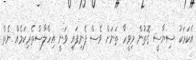
އެކަމަކު ސިޔާސީ ގޮތުން މިވީހާ ތަނަށް ވެސް ފެނިފައި ވަނީ އިހްލާސްތެރިކަމެއް ނެތް